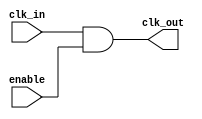
module ClockGatingCell (
    input wire clk_in,       // Input clock
    input wire enable,       // Enable signal
    output wire clk_out      // Gated clock output
);
    assign clk_out = clk_in & enable; // AND gate for clock gating
endmodule